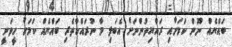
ބައްޔެއް ނޫން ކަމަށާއި ރައްޔިތުންނަށް އެބަލި މާ ނުރައްކާތެރި ބައްޔެއް ކަމަށް ހީވަނީ